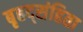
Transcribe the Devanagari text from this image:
बृहद्संहिता